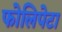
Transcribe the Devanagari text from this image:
फोलिपेटा